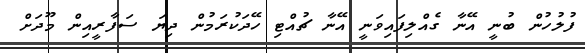
ފުލުހުން ބުނީ އޭނާ ގެއްލިފައިވަނީ އޭނާ ޗުއްޓި ހޭދަކުރަމުން ދިޔަ ސަފާރީއިން މޫދަށް